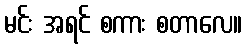
မင်း အရင် စကား စတာလေ။